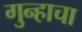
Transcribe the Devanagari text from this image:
गुन्हाचा